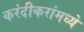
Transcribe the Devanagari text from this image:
करंदीकरांमध्ये